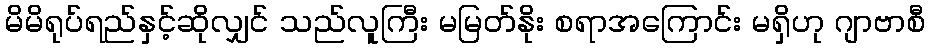
မိမိရုပ်ရည်နှင့်ဆိုလျှင် သည်လူကြီး မမြတ်နိုး စရာအကြောင်း မရှိဟု ဂျာဗာစီ